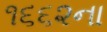
૧૬૬૨ના